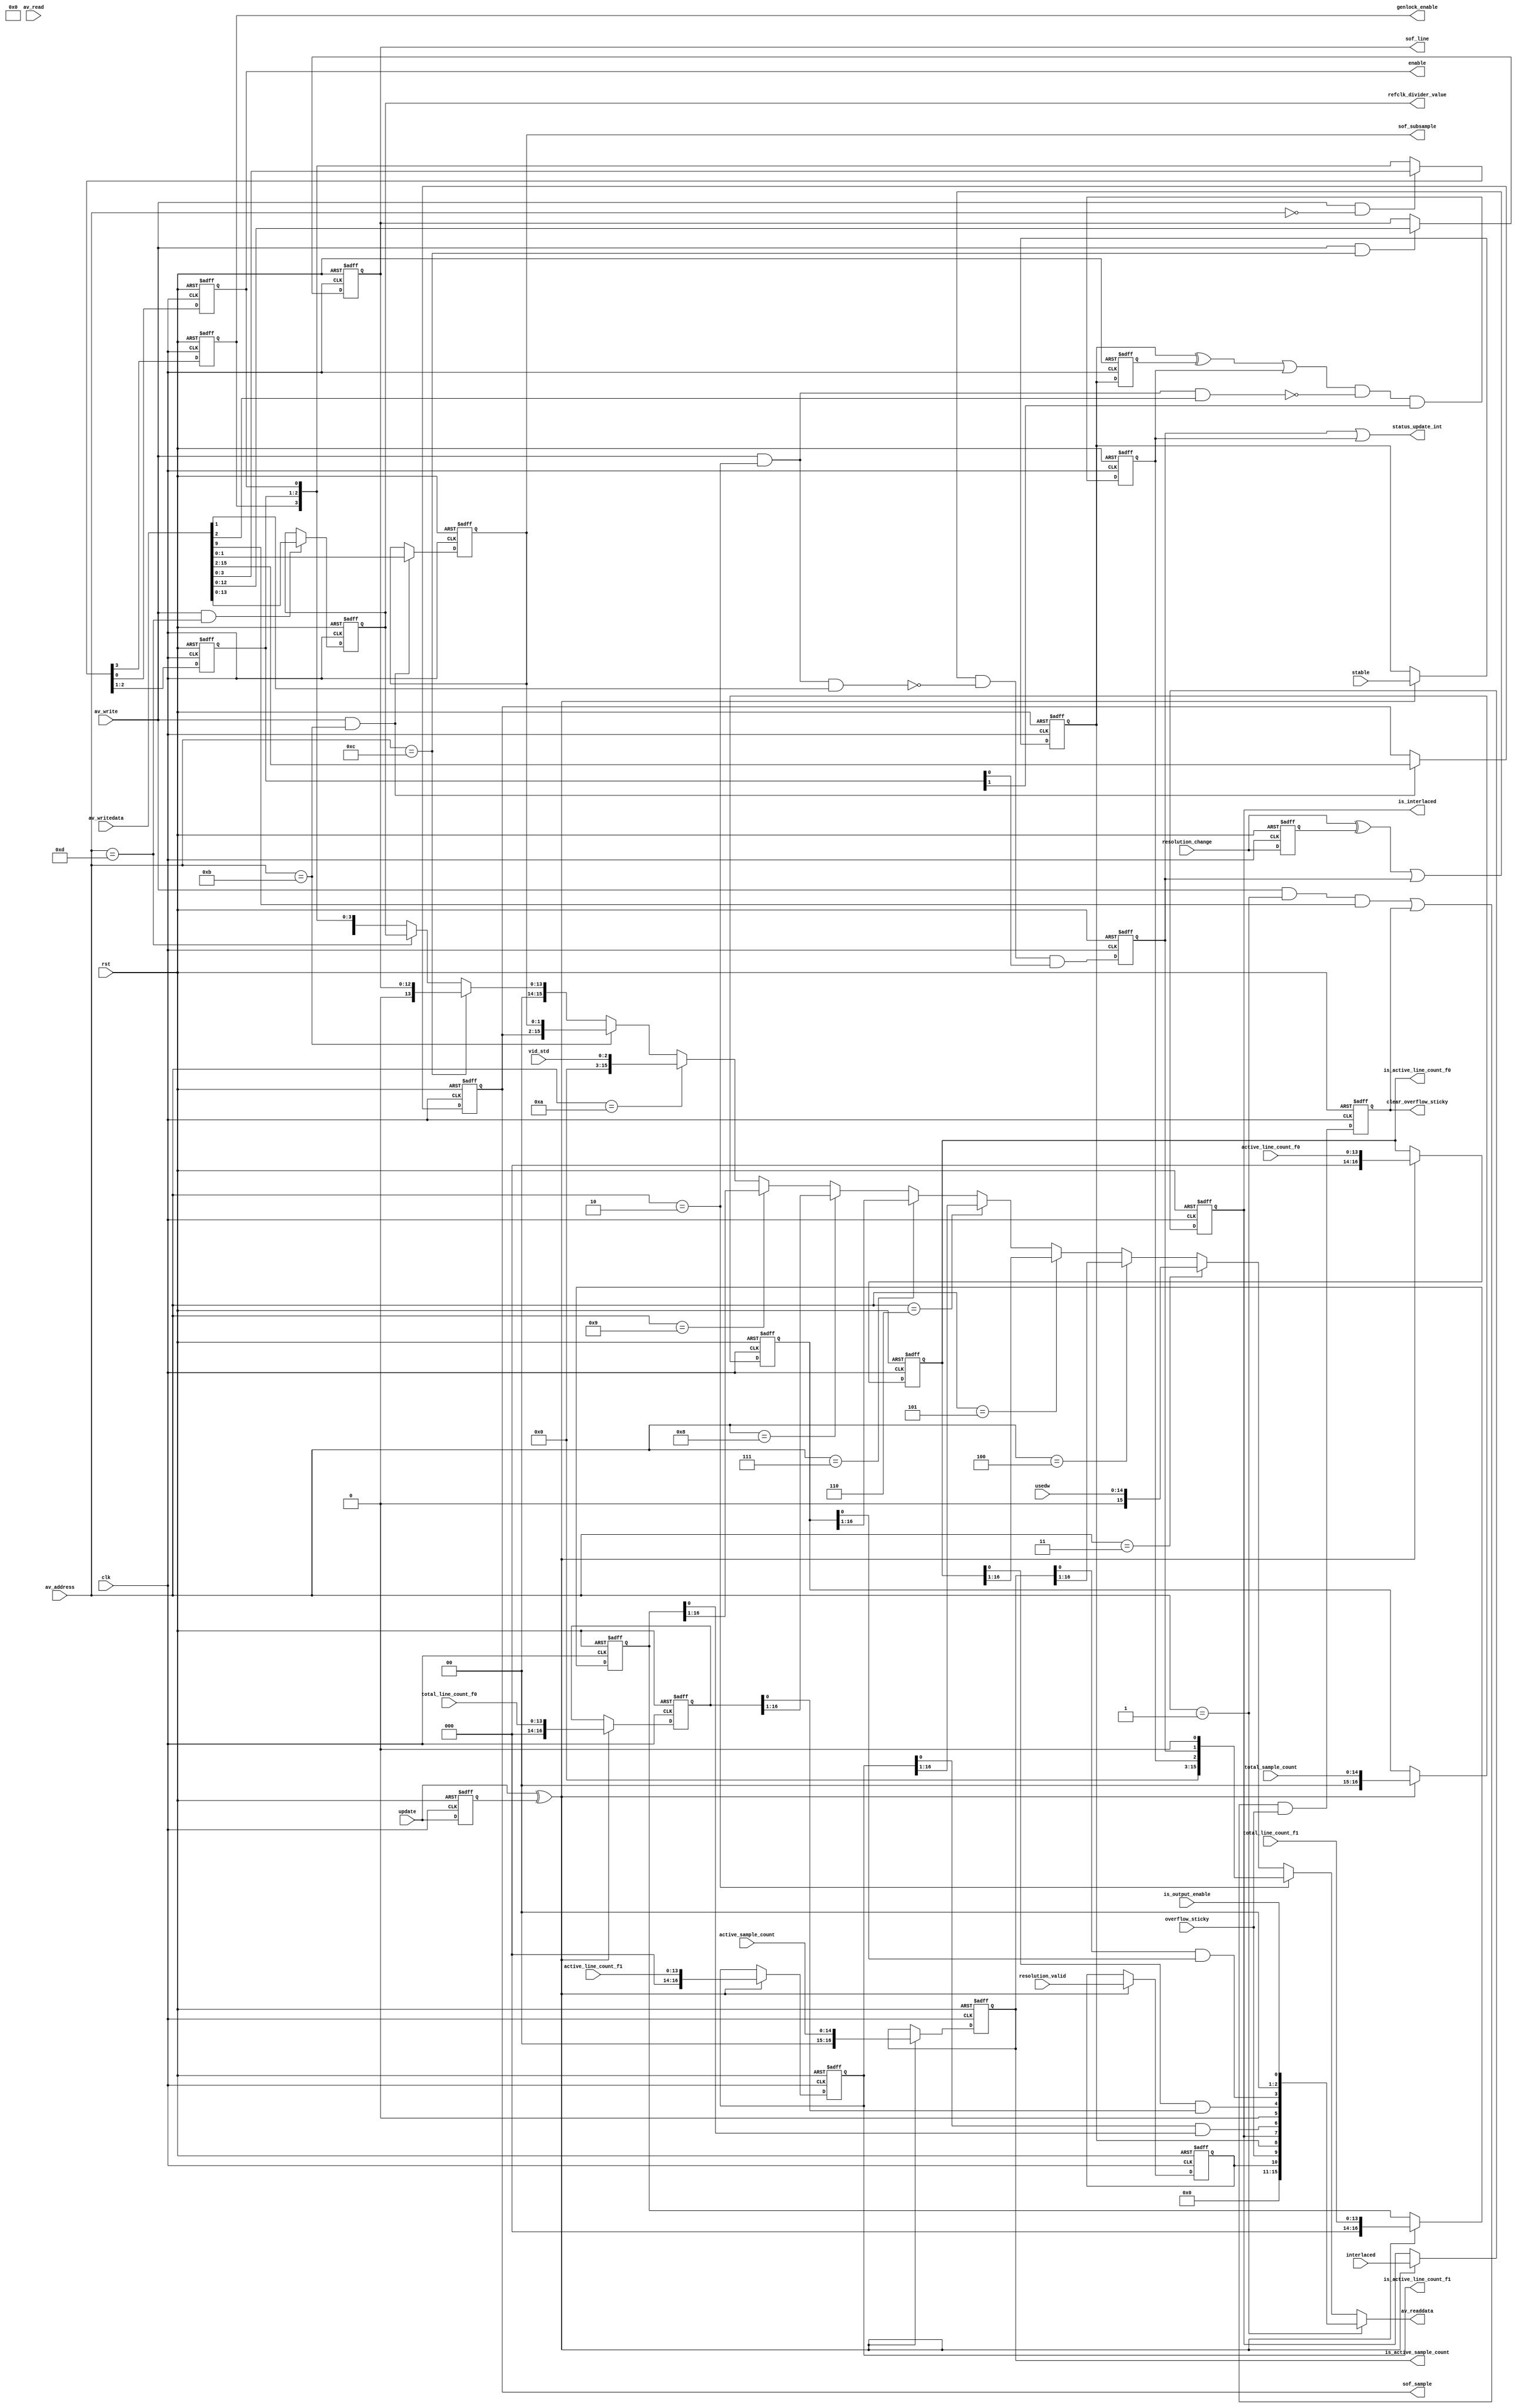
module alt_vipcti130_Vid2IS_control
    #(parameter
        USE_CONTROL = 1,
        INTERLACED = 1,
        H_ACTIVE_PIXELS_F0 = 1920,
        V_ACTIVE_LINES_F0 = 540,
        V_ACTIVE_LINES_F1 = 540,
        USED_WORDS_WIDTH = 15,
        STD_WIDTH = 3)
    (
    input   wire rst,
    input   wire clk,
    
    // From FIFO
    input   wire [USED_WORDS_WIDTH-1:0] usedw,
    input   wire overflow_sticky,
    input   wire is_output_enable,  // from the outgoing state machine
    
    // From resolution detection
    input   wire update,
    input   wire resolution_change,
    input   wire interlaced,
    input   wire [14:0] active_sample_count,
    input   wire [13:0] active_line_count_f0,
    input   wire [13:0] active_line_count_f1,
    input   wire [14:0] total_sample_count,
    input   wire [13:0] total_line_count_f0,
    input   wire [13:0] total_line_count_f1,
    input   wire stable,
    input   wire resolution_valid,
    input   wire [STD_WIDTH-1:0] vid_std, // from the incoming video
    
    // Vid2IS control signals
    output  wire enable,
    output  wire clear_overflow_sticky,
    output  reg  is_interlaced,
    output  reg  [16:0] is_active_sample_count,
    output  reg  [16:0] is_active_line_count_f0,
    output  reg  [16:0] is_active_line_count_f1,
    output  reg  [13:0] sof_sample,
    output  reg  [12:0] sof_line,
    output  reg  [1:0] sof_subsample,
    output  reg  [13:0] refclk_divider_value,
    output  reg  genlock_enable,
    
    // Aavalon-MM slave port
    input   wire [3:0] av_address,
    input   wire av_read,
    output  wire [15:0] av_readdata,
    input   wire av_write,
    input   wire [15:0] av_writedata,
    
    output  wire status_update_int);
    
reg is_stable;
reg [16:0] is_total_sample_count;
reg [16:0] is_total_line_count_f0;
reg [16:0] is_total_line_count_f1;
wire [15:0] is_std;
wire is_update;
reg is_update_reg;
reg is_resolution_valid;

// The control interface has one register bit 0 of which (when set to a 1) 
// enables the ImageStream output.
generate
    if(USE_CONTROL) begin
        reg enable_reg;
        wire [15:0] usedw_output;
        reg status_update_int_reg;
        reg stable_int_reg;
        reg is_stable_reg;
        wire clear_interrupts;
        reg [1:0] interrupt_enable;
        reg clear_overflow_sticky_reg;
        reg resolution_change_reg;
        
        if(USED_WORDS_WIDTH >= 16)
            assign usedw_output = usedw[15:0];
        else
            assign usedw_output = {{16-USED_WORDS_WIDTH{1'b0}}, usedw};
        
        assign enable = enable_reg;
        assign av_readdata = (av_address == 4'd1)  ? {{5{1'b0}}, is_resolution_valid,
                                                                 overflow_sticky,
                                                                 is_stable,
                                                                 is_interlaced,
                                                                 is_active_line_count_f1[0] & is_total_line_count_f1[0],
                                                                 1'b0,
                                                                 is_active_line_count_f0[0] & is_total_line_count_f0[0],
                                                                 is_active_sample_count[0] & is_total_sample_count[0],
                                                                 2'b0,
                                                                 is_output_enable} :
                             (av_address == 4'd2)  ? {13'd0, stable_int_reg, status_update_int_reg, 1'b0} :
                             (av_address == 4'd3)  ? usedw_output :
                             (av_address == 4'd4)  ? is_active_sample_count[16:1] :
                             (av_address == 4'd5)  ? is_active_line_count_f0[16:1] :
                             (av_address == 4'd6)  ? is_active_line_count_f1[16:1] :
                             (av_address == 4'd7)  ? is_total_sample_count[16:1] :
                             (av_address == 4'd8)  ? is_total_line_count_f0[16:1] :
                             (av_address == 4'd9)  ? is_total_line_count_f1[16:1] :
                             (av_address == 4'd10) ? is_std :
                             (av_address == 4'd11) ? {sof_sample, sof_subsample} :
                             (av_address == 4'd12) ? {3'd0, sof_line} :
                             (av_address == 4'd13) ? {2'd0, refclk_divider_value} :
                             {{12{1'b0}}, genlock_enable, interrupt_enable, enable_reg};
        assign status_update_int = status_update_int_reg | stable_int_reg;
        assign clear_interrupts = (av_write && av_address == 4'd2);
        assign clear_overflow_sticky = clear_overflow_sticky_reg;
        
        always @ (posedge rst or posedge clk) begin
            if(rst) begin
                genlock_enable <= 1'b0;
                interrupt_enable <= 2'b00;
                enable_reg <= 1'b0;
                status_update_int_reg <= 1'b0;
                stable_int_reg <= 1'b0;
                sof_sample <= 14'd0;
                sof_subsample <= 2'd0;
                sof_line <= 13'd0;
                refclk_divider_value <= 14'd0;
                
                is_stable_reg <= 1'b0;
                resolution_change_reg <= 1'b0;
                clear_overflow_sticky_reg <= 1'b0;
             end else begin
                {genlock_enable, interrupt_enable, enable_reg} <= (av_write && av_address == 4'd0) ? av_writedata[3:0] : {genlock_enable, interrupt_enable, enable_reg};
                status_update_int_reg <= ((resolution_change ^ resolution_change_reg) | status_update_int_reg) & ~(clear_interrupts & av_writedata[1]) & interrupt_enable[0];
                stable_int_reg <= ((is_stable ^ is_stable_reg) | stable_int_reg) & ~(clear_interrupts & av_writedata[2]) & interrupt_enable[1];
                if(av_write && av_address == 4'd11) begin
                    sof_sample <= av_writedata[15:2];
                    sof_subsample <= av_writedata[1:0];
                end
                sof_line <= (av_write && av_address == 4'd12) ? av_writedata[12:0] : sof_line;
                refclk_divider_value <= (av_write && av_address == 4'd13) ? av_writedata[13:0] : refclk_divider_value;
                
                is_stable_reg <= is_stable;
                resolution_change_reg <= resolution_change;
                clear_overflow_sticky_reg <= ((av_write && av_address == 4'd1 && av_writedata[9]) | clear_overflow_sticky_reg) & overflow_sticky;
             end
        end
    end else begin
        assign enable = 1'b1;
        assign status_update_int = 1'b0;
        assign clear_overflow_sticky = 1'b0;
        
        always @ (posedge clk) begin
            genlock_enable <= 1'b0;
            sof_sample <= 14'd0;
            sof_subsample <= 2'd0;
            sof_line <= 13'd0;
            refclk_divider_value <= 14'd0;
        end
        
    end
endgenerate

always @ (posedge rst or posedge clk) begin
    if(rst) begin
        is_stable <= 1'b0;
        is_interlaced <= INTERLACED;
        is_active_sample_count <= {H_ACTIVE_PIXELS_F0, 1'b1};
        is_active_line_count_f0 <= {V_ACTIVE_LINES_F0, 1'b1};
        is_active_line_count_f1 <= (INTERLACED) ? {V_ACTIVE_LINES_F1, 1'b1} : 17'd0;
        is_total_sample_count <= 17'd0;
        is_total_line_count_f0 <= 17'd0;
        is_total_line_count_f1 <= 17'd0;
        is_resolution_valid <= 1'b0;
        
        is_update_reg <= 1'b0; 
     end else begin
        is_stable <= (is_update) ? stable : is_stable;
        is_interlaced <= (is_update) ? interlaced : is_interlaced;
        is_active_sample_count <= (is_update) ? {1'd0, active_sample_count} : is_active_sample_count;
        is_active_line_count_f0 <= (is_update) ? {2'd0, active_line_count_f0} : is_active_line_count_f0;
        is_active_line_count_f1 <= (is_update) ? {2'd0, active_line_count_f1} : is_active_line_count_f1;
        is_total_sample_count <= (is_update) ? {1'd0, total_sample_count} : is_total_sample_count;
        is_total_line_count_f0 <= (is_update) ? {2'd0, total_line_count_f0} : is_total_line_count_f0;
        is_total_line_count_f1 <= (is_update) ? {2'd0, total_line_count_f1} : is_total_line_count_f1;
        is_resolution_valid <= (is_update) ? resolution_valid : is_resolution_valid;
        
        is_update_reg <= update;
     end
end
    
assign is_update = update ^ is_update_reg;

generate
	if(STD_WIDTH >= 16)
    	assign is_std = vid_std[15:0];
	else
    	assign is_std = {{16-STD_WIDTH{1'b0}}, vid_std};
endgenerate

endmodule